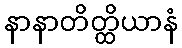
နာနာတိတ္ထိယာနံ